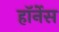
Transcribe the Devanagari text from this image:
हॉर्नेस